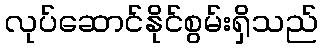
လုပ်ဆောင်နိုင်စွမ်းရှိသည်